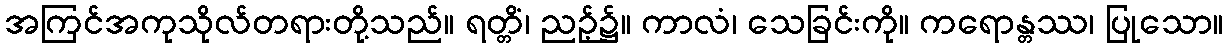
အကြင်အကုသိုလ်တရားတို့သည်။ ရတ္တိံ၊ ညဉ့်၌။ ကာလံ၊ သေခြင်းကို။ ကရောန္တဿ၊ ပြုသော။